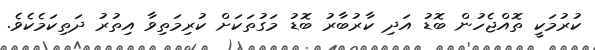
ކުރުމަކީ ތޮއްޖެހުން ބޮޑު އަދި ކާރުބާރު ބޮޑު މަގުތަކަށް ކުރިމަތިވާ އިތުރު ދަތިކަމެކެވެ.